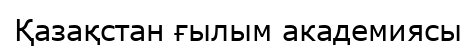
Қазақстан ғылым академиясы